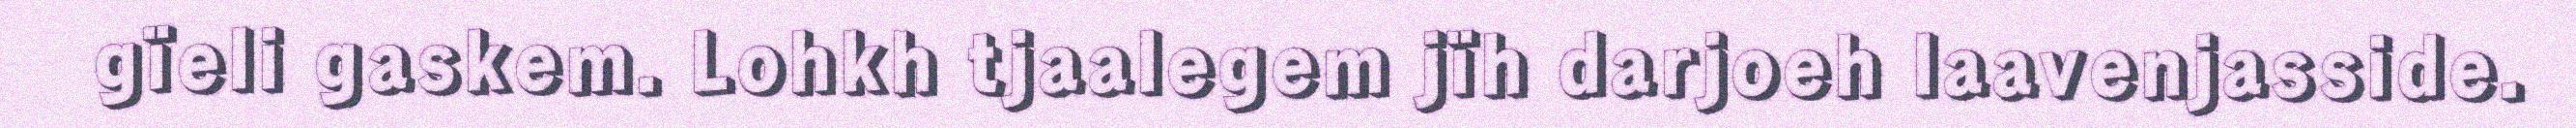
gïeli gaskem. Lohkh tjaalegem jïh darjoeh laavenjasside.